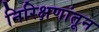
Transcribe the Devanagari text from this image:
निरिक्षणांतून